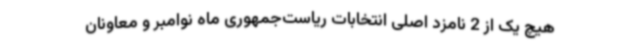
هیچ یک از 2 نامزد اصلی انتخابات ریاست‌جمهوری ماه نوامبر و معاونان